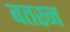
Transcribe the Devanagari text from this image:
बतरन